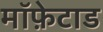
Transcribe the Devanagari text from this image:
मॉफ़ेटाड